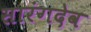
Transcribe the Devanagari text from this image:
सारंगदेव